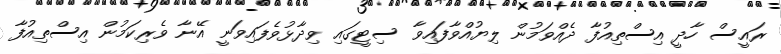
ރައީސް ހާދީ އިސްތިއުފާ ދެއްވަމުން ލިޔުއްވާފައިވާ ސިޓީގައި ވިދާޅުވެފައިވަނީ އޭނާ ވެރިކަމުން އިސްތިއުފާ